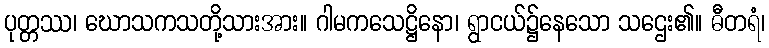
ပုတ္တဿ၊ ဃောသကသတို့သားအား။ ဂါမကသေဋ္ဌိနော၊ ရွာငယ်၌နေသော သဌေး၏။ ဓီတရံ၊